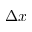
\Delta x